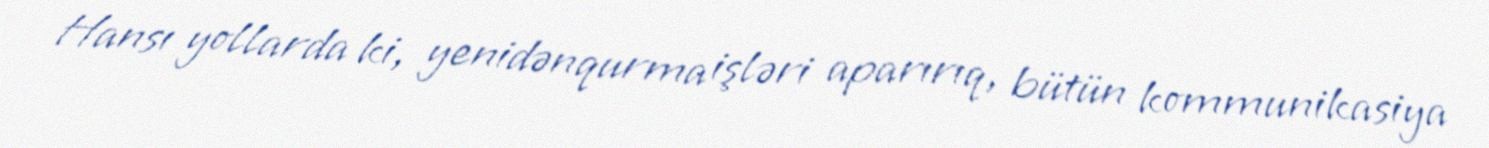
Hansı yollarda ki, yenidənqurma işləri aparırıq, bütün kommunikasiya